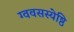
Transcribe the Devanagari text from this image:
ग्ववसस्येष्ठि